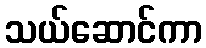
သယ်ဆောင်ကာ